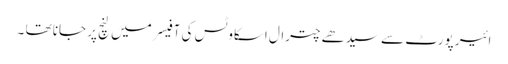
ائیر پورٹ سے سیدھے چترال اسکاوٹس کی آفیسر میں لنچ پر جانا تھا ۔